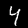
Digit: 4